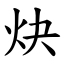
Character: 炔